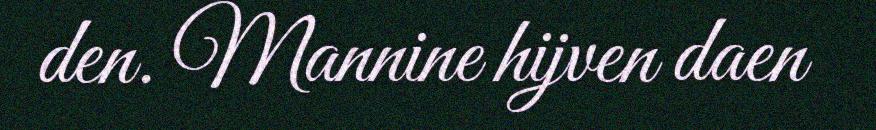
den. Mannine hijven daen